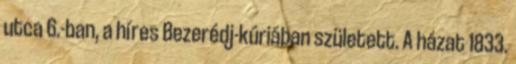
utca 6.-ban, a híres Bezerédj-kúriában született. A házat 1833.